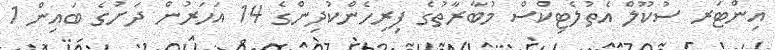
އިންޓަރ ސުކޫލް އެތުލެޓިކްސް މުބާރާތުގެ ފިރިހެންކުދިންގެ 14 އަހަރުން ދަށުގެ ބައިން 1